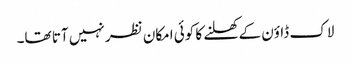
لاک ڈاؤن کے کھلنے کا کوئی امکان نظر نہیں آتا تھا۔